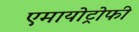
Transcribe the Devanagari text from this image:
एमायोट्रोफी